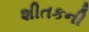
શીતકની